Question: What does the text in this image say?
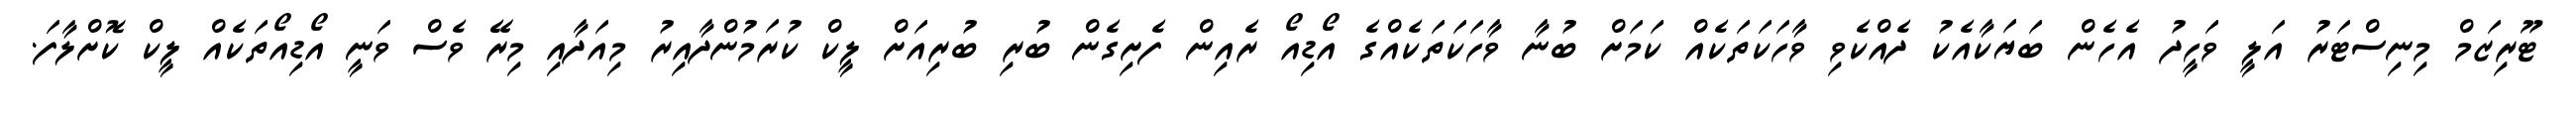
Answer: ޓޫރިޒަމް މިނިސްޓަރު އަލީ ވަހީދު އެހެން ބަޔަކާއެކު ދެއްކެވި ވާހަކަތަކެއް ކަމަށް ބުނާ ވާހަކަތަކެއްގެ އޯޑިއޯ ރެއިން ފެށިގެން ބުރި ބުރިއަށް ލީކް ކުރަމުންދާއިރު މިއަދާއި މިރޭ ވެސް ވަނީ އޯޑިއޯތަކެއް ލީކް ކޮށްލާފަ.